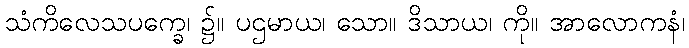
သံကိလေသပက္ခေ၊ ၌။ ပဌမာယ၊ သော။ ဒိသာယ၊ ကို။ အာလောကနံ၊